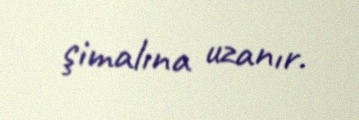
şimalına uzanır.